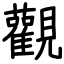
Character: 觀